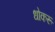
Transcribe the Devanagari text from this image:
धोकरू